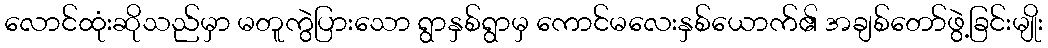
လောင်ထုံးဆိုသည်မှာ မတူကွဲပြားသော ရွာနှစ်ရွာမှ ကောင်မလေးနှစ်ယောက်၏ အချစ်တော်ဖွဲ့ခြင်းမျိုး